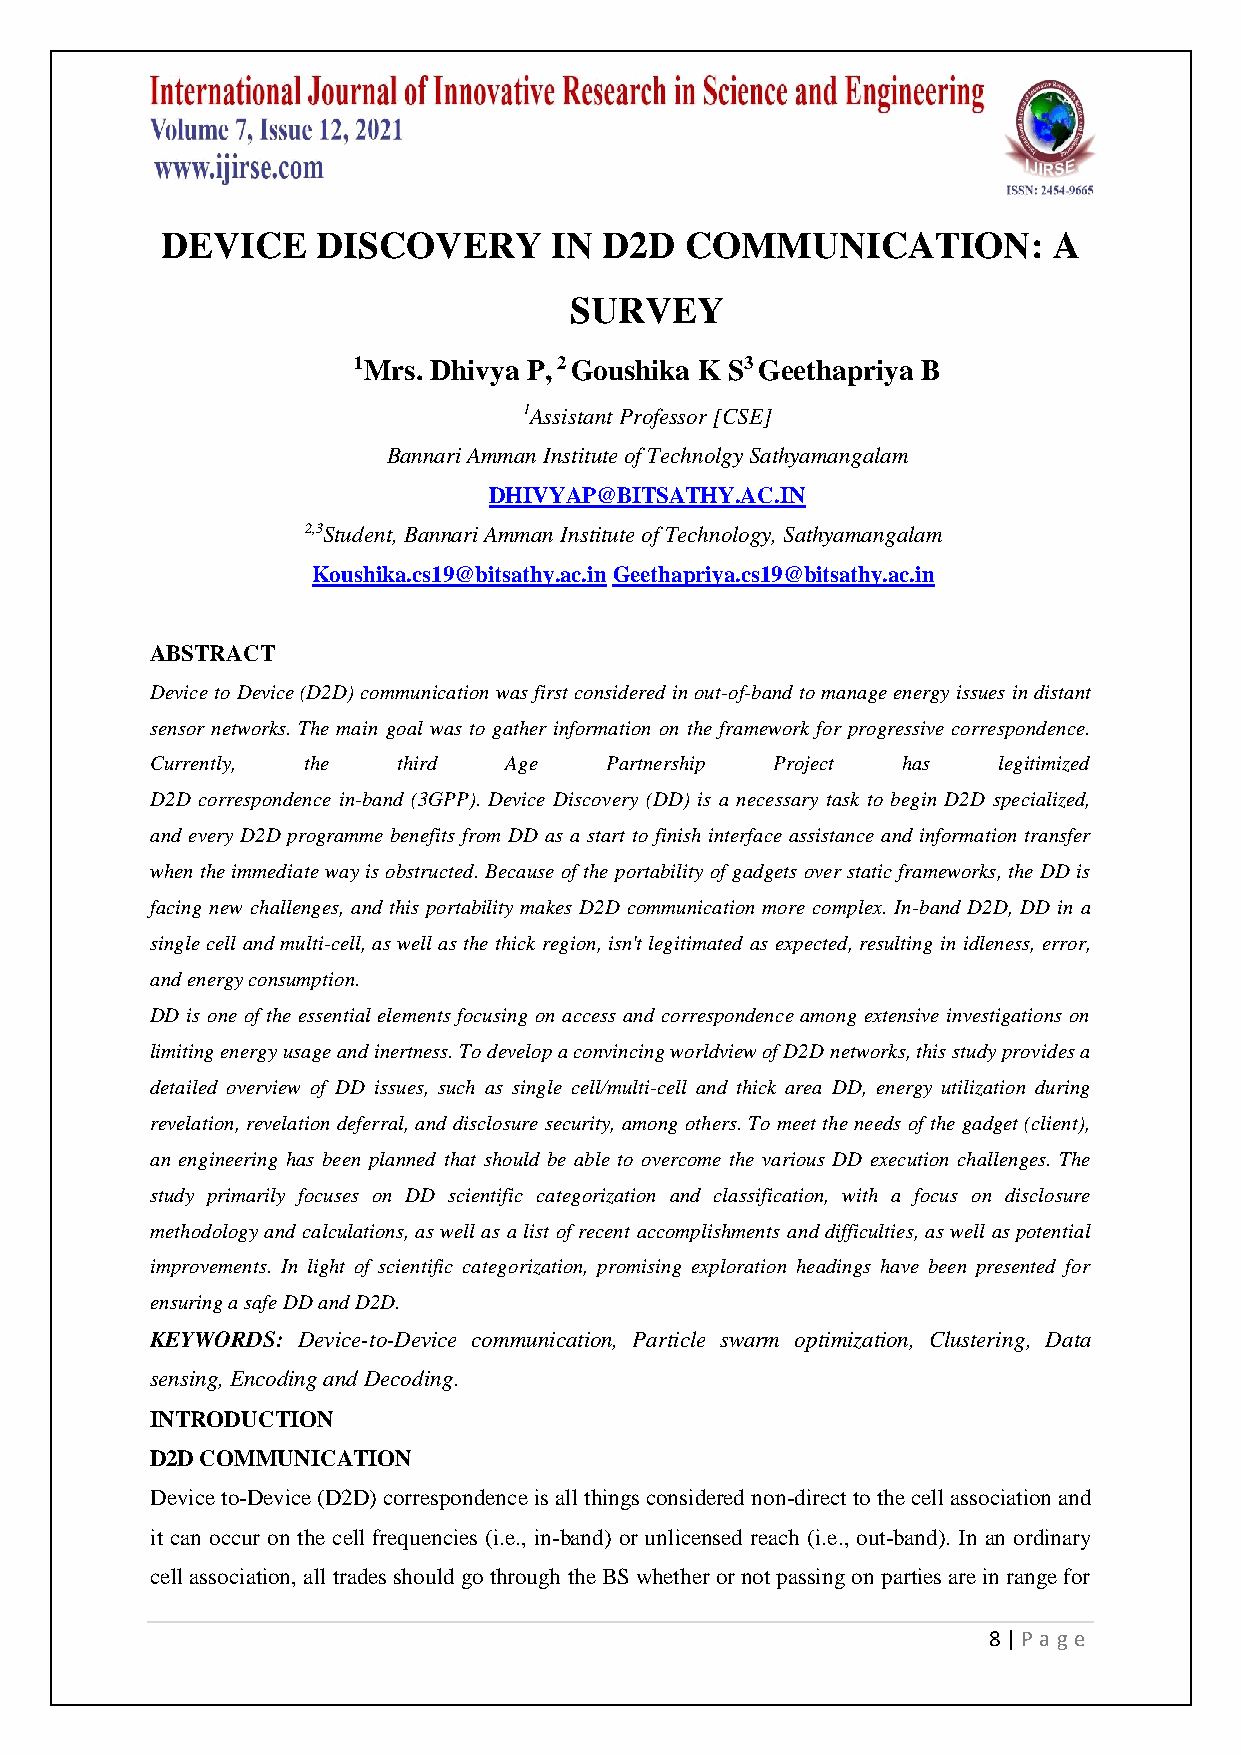
DEVICE    DISCOVERY      IN  D2D  COMMUNICATION:           A
 SURVEY
 1Mrs. Dhivya P, 2 Goushika K S3 Geethapriya B
 1Assistant Professor [CSE]
 Bannari Amman Institute of Technolgy Sathyamangalam
 DHIVYAP@BITSATHY.AC.IN
 2,3Student, Bannari Amman Institute of Technology, Sathyamangalam
 Koushika.cs19@bitsathy.ac.in Geethapriya.cs19@bitsathy.ac.in
 ABSTRACT
 Device to Device (D2D) communication was first considered in out-of-band to manage energy issues in distant
 sensor networks. The main goal was to gather information on the framework for progressive correspondence.
 Currently, the  third  Age    Partnership Project has   legitimized
 D2D correspondence in-band (3GPP). Device Discovery (DD) is a necessary task to begin D2D specialized,
 and every D2D programme benefits from DD as a start to finish interface assistance and information transfer
 when the immediate way is obstructed. Because of the portability of gadgets over static frameworks, the DD is
 facing new challenges, and this portability makes D2D communication more complex. In-band D2D, DD in a
 single cell and multi-cell, as well as the thick region, isn't legitimated as expected, resulting in idleness, error,
 and energy consumption.
 DD is one of the essential elements focusing on access and correspondence among extensive investigations on
 limiting energy usage and inertness. To develop a convincing worldview of D2D networks, this study provides a
 detailed overview of DD issues, such as single cell/multi-cell and thick area DD, energy utilization during
 revelation, revelation deferral, and disclosure security, among others. To meet the needs of the gadget (client),
 an engineering has been planned that should be able to overcome the various DD execution challenges. The
 study primarily focuses on DD scientific categorization and classification, with a focus on disclosure
 methodology and calculations, as well as a list of recent accomplishments and difficulties, as well as potential
 improvements. In light of scientific categorization, promising exploration headings have been presented for
 ensuring a safe DD and D2D.
 KEYWORDS: Device-to-Device communication, Particle swarm optimization, Clustering, Data
 sensing, Encoding and Decoding.
 INTRODUCTION
 D2D COMMUNICATION
 Device to-Device (D2D) correspondence is all things considered non-direct to the cell association and
 it can occur on the cell frequencies (i.e., in-band) or unlicensed reach (i.e., out-band). In an ordinary
 cell association, all trades should go through the BS whether or not passing on parties are in range for
 8 | P age